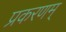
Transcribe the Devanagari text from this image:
प्रकरणम्‌